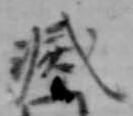
滅